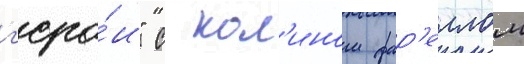
г'еро́и" с кол'ином фар'еллом